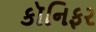
કૉનિફર